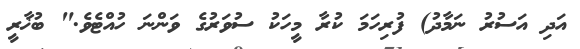
އަދި އަސުރު ނަމާދު) ފުރިހަމަ ކުރާ މީހަކު ސުވަރުގެ ވަންނަ ހުއްޓެވެ." ބުޚާރީ